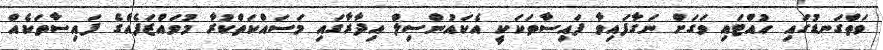
ވަތްގަނޑުގައި ހުއްޓައި ވަގަށް ނަގާފައިވާ ފައިސާތަކަކީ އެކައުންސިލް އިދާރާގައި މަސައްކަތްކުރާ މުވައްޒަފެއްގެ ފައިސާތަކެއް